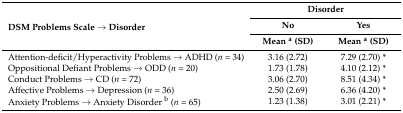
<table><thead><tr><td rowspan="3"><b>DSM Problems Scale → Disorder</b></td><td colspan="2"><b>Disorder</b></td></tr><tr><td><b>No</b></td><td><b>Yes</b></td></tr><tr><td><b>Mean <sup>a</sup> (SD) </b></td><td><b>Mean <sup>a</sup> (SD)</b></td></tr></thead><tbody><tr><td>Attention-deficit/Hyperactivity Problems → ADHD (<i>n</i> = 34)</td><td>3.16 (2.72)</td><td>7.29 (2.70) *</td></tr><tr><td>Oppositional Defiant Problems → ODD (<i>n</i> = 20)</td><td>1.73 (1.78)</td><td>4.10 (2.12) *</td></tr><tr><td>Conduct Problems → CD (<i>n</i> = 72)</td><td>3.06 (2.70)</td><td>8.51 (4.34) *</td></tr><tr><td>Affective Problems → Depression (<i>n</i> = 36)</td><td>2.50 (2.69)</td><td>6.36 (4.20) *</td></tr><tr><td>Anxiety Problems → Anxiety Disorder <sup>b</sup> (<i>n</i> = 65)</td><td>1.23 (1.38)</td><td>3.01 (2.21) *</td></tr></tbody></table>